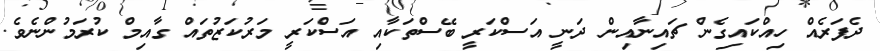
ދެފަރެއް ހިއްކައިގެން ޗައިނާއިން ދަނީ އަސްކަރީ ބޭސްތަކާއި އަސްކަރީ މަރުކަޒުތައް ގާއިމް ކުރަމުންނެވެ.